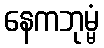
နေကဘုမ္မံ